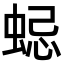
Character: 𧋷